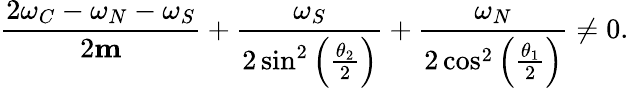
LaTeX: \frac{2\omega_{C}-\omega_{N}-\omega_{S}}{2\mathbf{m}}+\frac{\omega_{S}}{2\sin^{2}\left(\frac{\theta_{2}}{2}\right)}+\frac{\omega_{N}}{2\cos^{2}\left(\frac{\theta_{1}}{2}\right)}\neq 0.